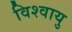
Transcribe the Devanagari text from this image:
विश्वायु